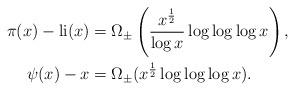
LaTeX: \begin{align*}\pi(x) - \textrm{li}(x) &= \Omega_{\pm} \left(\frac{x^{\frac{1}{2}}}{\log x}\log\log\log x\right),\\\psi(x) - x &= \Omega_{\pm} (x^{\frac{1}{2}} \log\log\log x).\end{align*}